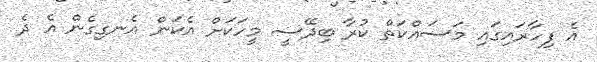
އެ ފިހާރައިގައި މަސައްކަތް ކުރާ ބިދޭސީ މީހަކަށް އެކަން އެނގިގެން އެ ދެ